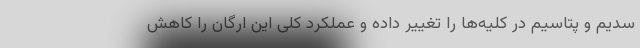
سدیم و پتاسیم در کلیه‌ها را تغییر داده و عملکرد کلی این ارگان را کاهش